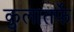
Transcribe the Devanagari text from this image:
कुलातर्फे